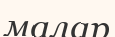
малар